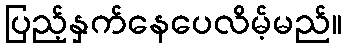
ပြည့်နှက်နေပေလိမ့်မည်။